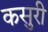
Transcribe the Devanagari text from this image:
कसुरी